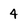
Character: 4